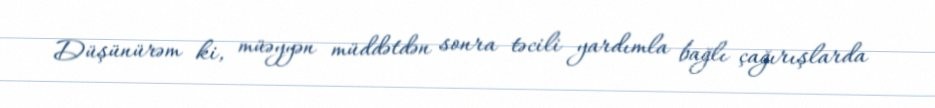
Düşünürəm ki, müəyyən müddətdən sonra təcili yardımla bağlı çağırışlarda